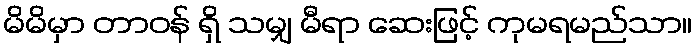
မိမိမှာ တာဝန် ရှိ သမျှ မီရာ ဆေးဖြင့် ကုမရမည်သာ။